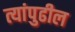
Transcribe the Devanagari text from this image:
त्यांपुढील